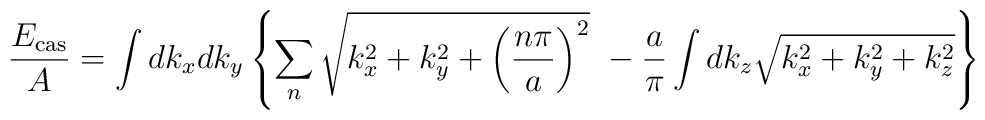
\frac{E_{\rm cas}}{A} =\int dk_xdk_y\left\{\sum_n\sqrt{k_x^2+k_y^2+\left(\frac{n\pi}{a}\right)^2} ~-\frac{a}{\pi} \int dk_z \sqrt{k_x^2+k_y^2+k_z^2}\right\}